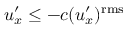
u _ { x } ^ { \prime } \leq - c ( u _ { x } ^ { \prime } ) ^ { \mathrm { r m s } }